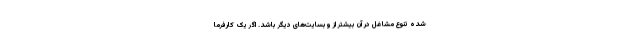
شده تنوع مشاغل در آن بیشتر از وبسایت‌های دیگر باشد. اگر یک کارفرما